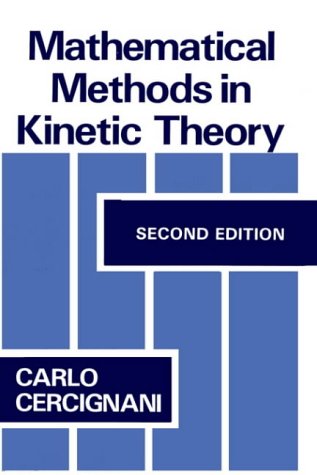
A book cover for Mathematical Methods in Kinetic Theory; C. Cercignani; Science & Math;